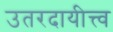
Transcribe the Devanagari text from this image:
उतरदायीत्त्व